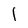
Character: I